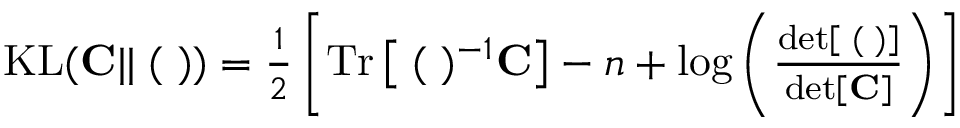
\begin{array} { r } { \mathrm { K L } ( { \bf C } | | { \bf \Xi } ( { \bf \Lambda } ) ) = \frac { 1 } { 2 } \left[ \mathrm { T r } \left[ { \bf \Xi } ( { \bf \Lambda } ) ^ { - 1 } { \bf C } \right] - n + \log \left( \frac { \mathrm { d e t } \left[ { \bf \Xi } ( { \bf \Lambda } ) \right] } { \mathrm { d e t } \left[ { \bf C } \right] } \right) \right] } \end{array}